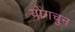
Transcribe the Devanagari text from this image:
योंगचुन